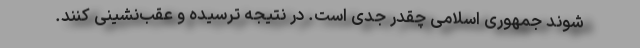
شوند جمهوری اسلامی‌ چقدر جدی است. در نتیجه ترسیده و ‌عقب‌نشینی کنند.